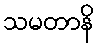
သမတာနိ